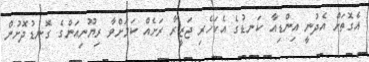
އެގޮތަށް އެދުނީ އިންޑިއާ ކަނޑުގެ އެކަހެރި ޖަޒީރާ ރަށެއް ކަމަށްވާ ރިޔޫނިއަންގެ ގޮނޑުދޮށުން